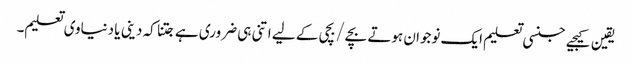
یقین کیجیے جنسی تعلیم ایک نوجوان ہوتے بچے/بچی کے لیے اتنی ہی ضروری ہے جتنا کہ دینی یا دنیاوی تعلیم۔